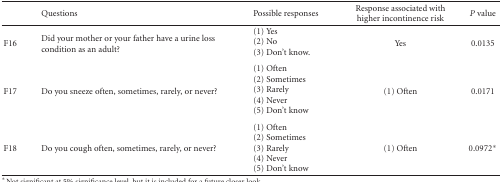
|  | Questions | Possible responses | Response associated with higher incontinence risk | P value |
 | --- | --- | --- | --- | --- |
 | F16 | Did your mother or your father have a urine loss condition as an adult? | (1) Yes (2) No (3) Don't know. | Yes | 0.0135 |
 | F17 | Do you sneeze often, sometimes, rarely, or never? | (1) Often(2) Sometimes(3) Rarely(4) Never(5) Don't know | (1) Often | 0.0171 |
 | F18 | Do you cough often, sometimes, rarely, or never? | (1) Often(2) Sometimes(3) Rarely(4) Never(5) Don't know | (1) Often | 0.0972* |